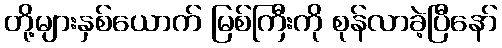
တို့များနှစ်ယောက် မြစ်ကြီးကို စုန်လာခဲ့ပြီနော်